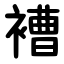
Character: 褿